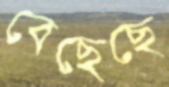
বেছেছে